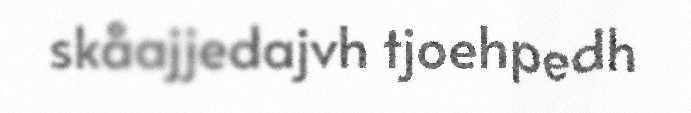
skåajjedajvh tjoehpedh